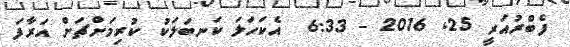
ފެބްރުއަރީ 25